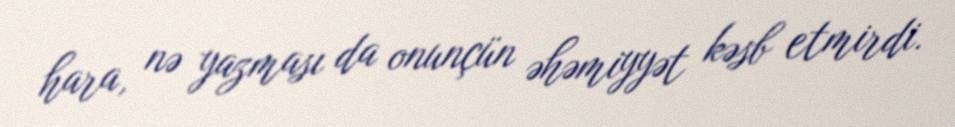
hara, nə yazması da onunçün əhəmiyyət kəsb etmirdi.